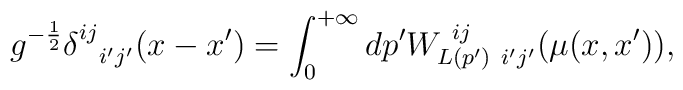
g^{-{1\over 2}}\delta^{ij}_{\ \ i'j'}(x - x') = \int_{0}^{+\infty} dp' W^{\ ij}_{L(p')\ i'j'}(\mu(x,x')),